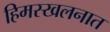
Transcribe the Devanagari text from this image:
हिमस्खलनात